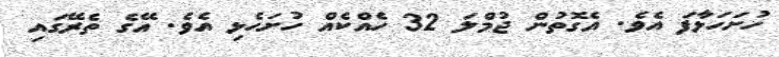
ހުށަހަޅާފަ އެވެ. އެގޮތުން ޖުމްލަ 32 ހެއްކެއް ހުށަހެޅި އެވެ. އޭގެ ތެރޭގައި